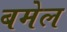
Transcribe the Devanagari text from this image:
बमेल